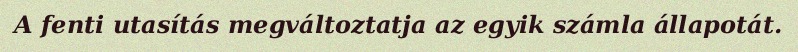
A fenti utasítás megváltoztatja az egyik számla állapotát.